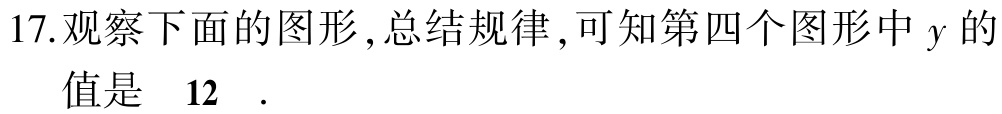
17.观察下面的图形,总结规律,可知第四个图形中\(y\)的值是 \(12\) .